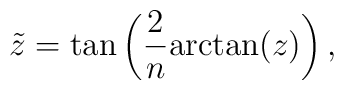
\tilde{z}=\tan\left(\frac{2}{n}\mbox{arctan}(z)\right),